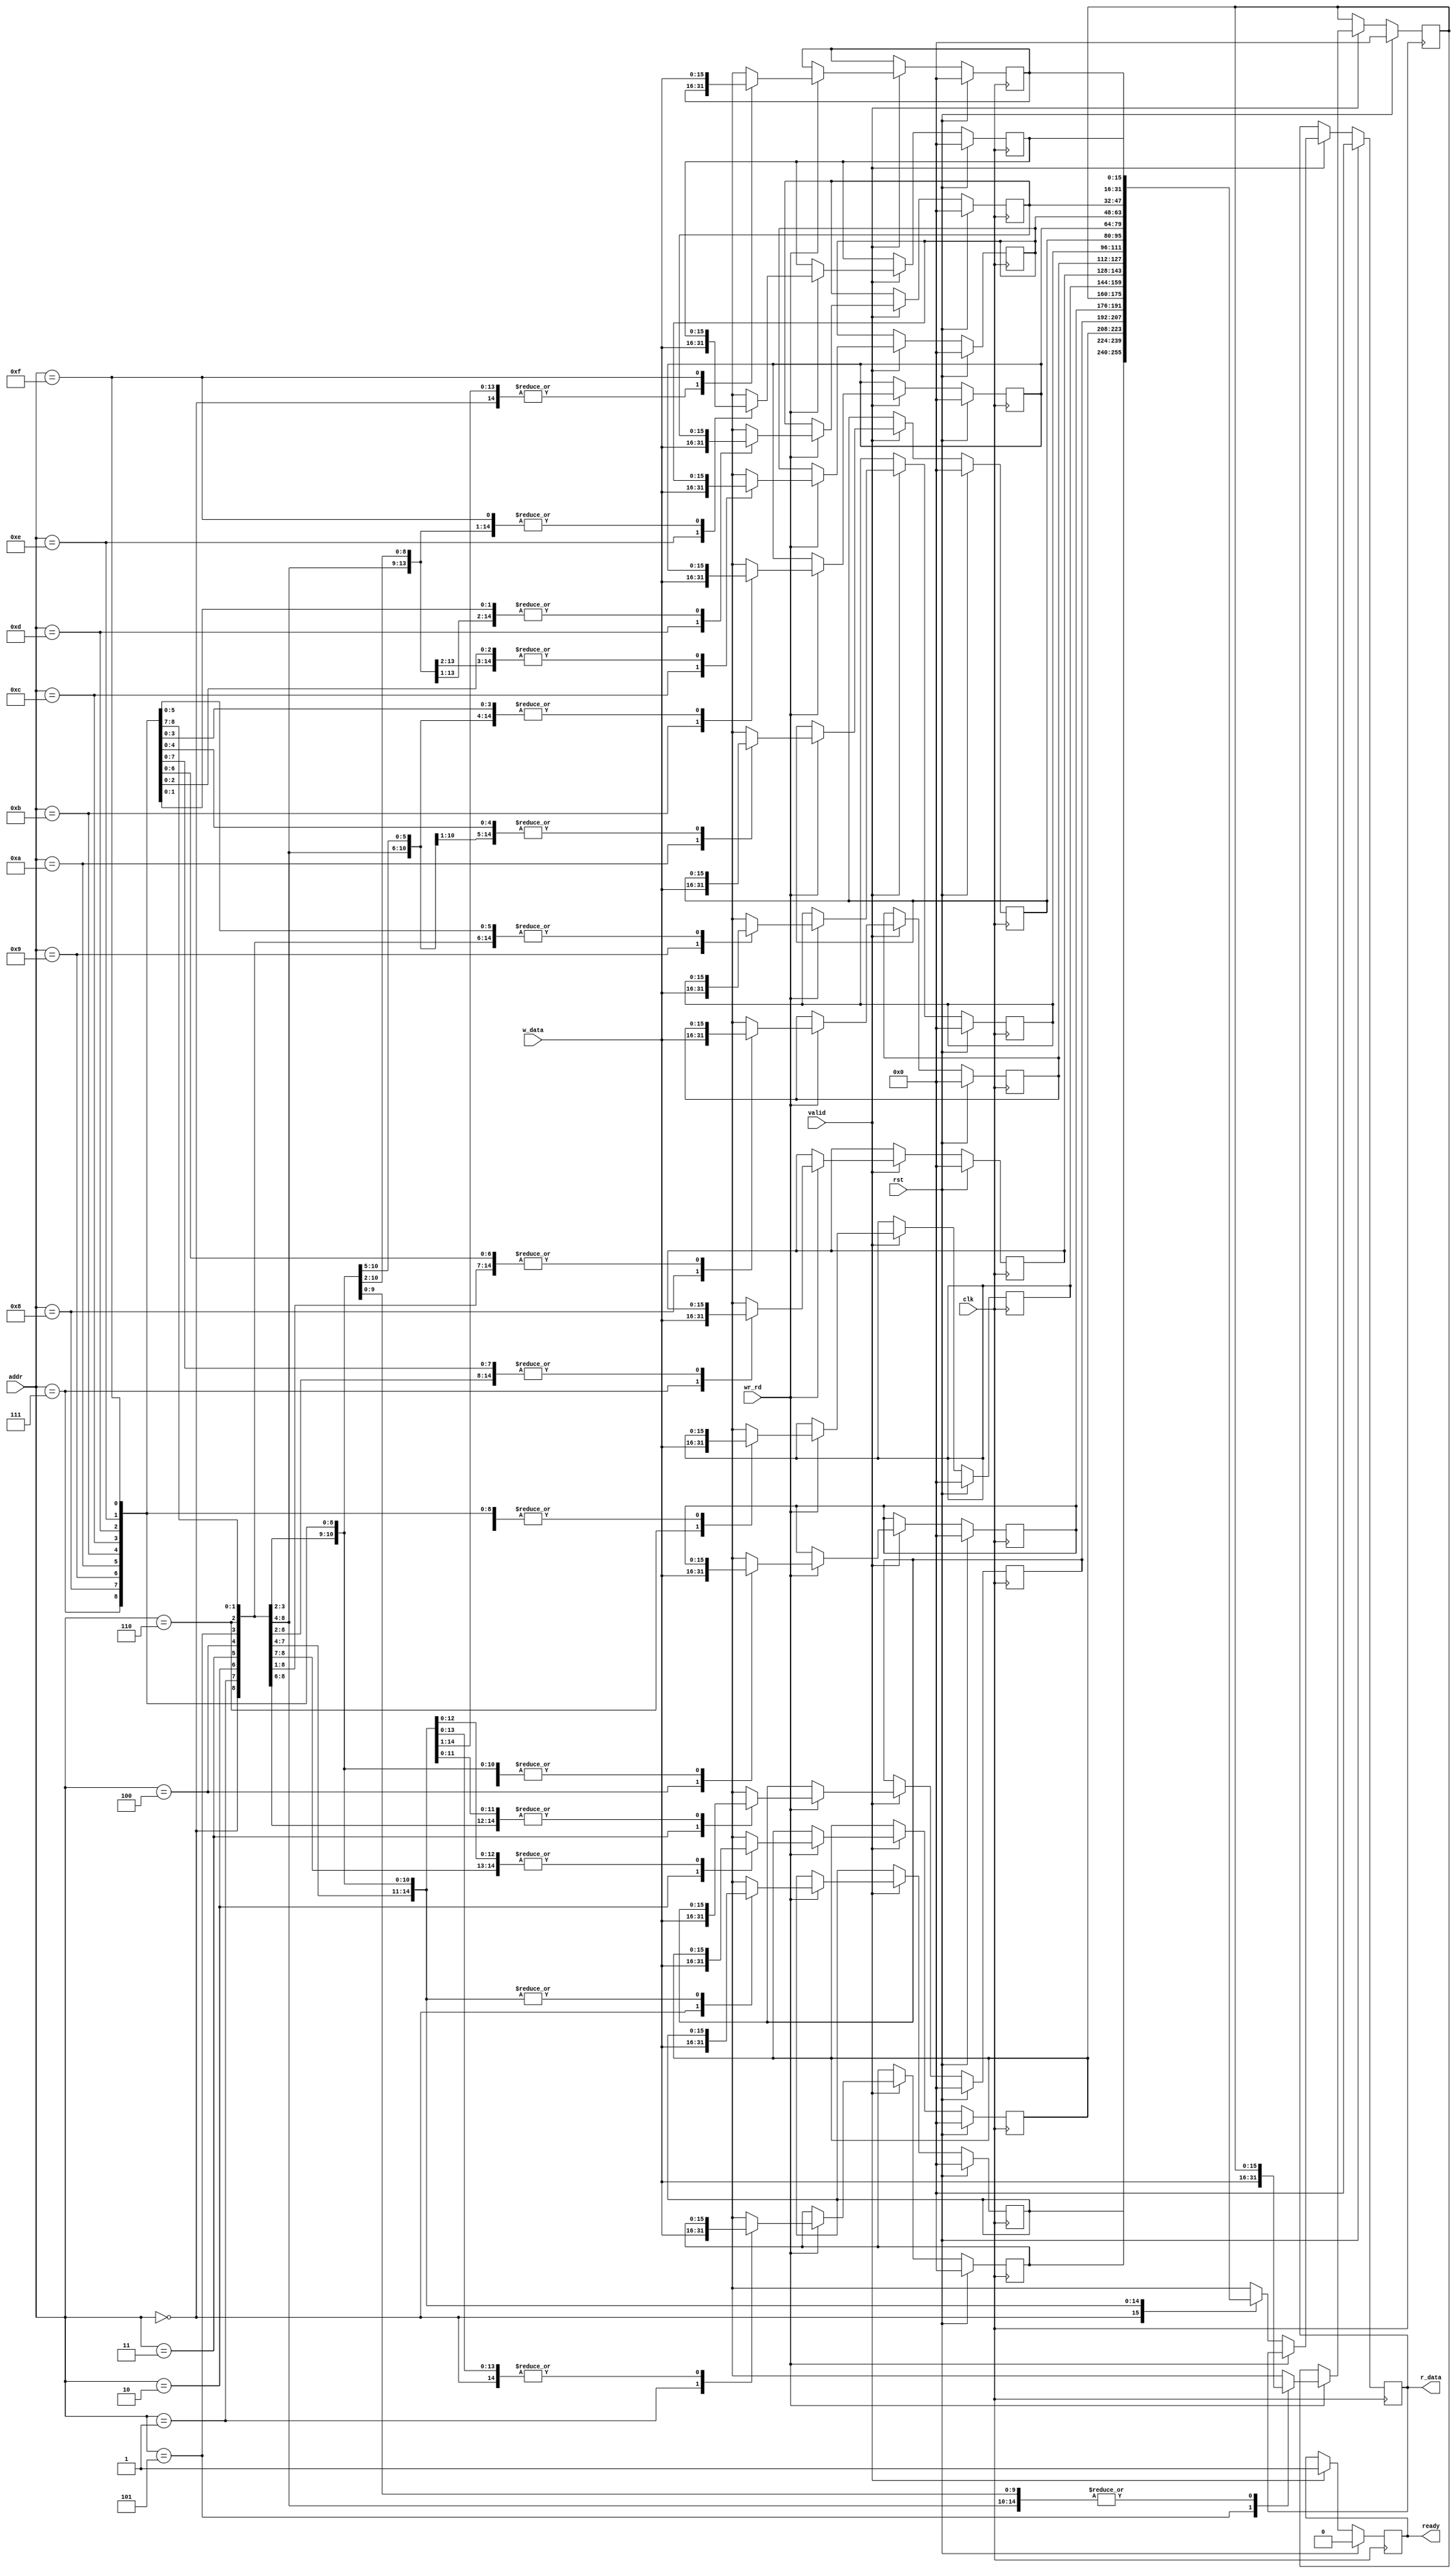
module memory(clk,rst,addr,wr_rd,w_data,r_data,valid,ready);
parameter WIDTH=16;
parameter DEPTH=16;
parameter ADDR_WIDTH=$clog2(DEPTH);
input clk,rst,wr_rd,valid;
input [WIDTH-1:0] w_data;
input [ADDR_WIDTH-1:0] addr;
output reg ready;
output reg [WIDTH-1:0] r_data;
reg [WIDTH-1:0]mem[DEPTH-1:0];
integer i;

always@(posedge clk)begin 
	if(rst)begin
		ready=0;
		r_data=0;
		for(i=0;i<WIDTH;i=i+1) mem[i]=0;
	end
	else begin 
		if(valid)begin 
			ready=1;
			if(wr_rd)begin 
				mem[addr]=w_data;
			end
			else begin 
			 r_data=mem[addr];
			 end
		end
	end
end
endmodule